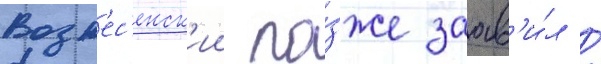
Возн'ес'енск'ии по́зже заав'и́л /